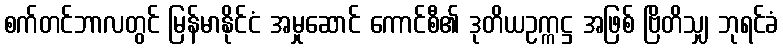
စက်တင်ဘာလတွင် မြန်မာနိုင်ငံ အမှုဆောင် ကောင်စီ၏ ဒုတိယဥက္ကဋ္ဌ အဖြစ် ဗြိတိသျှ ဘုရင်ခံ